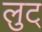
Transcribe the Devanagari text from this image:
लुट्